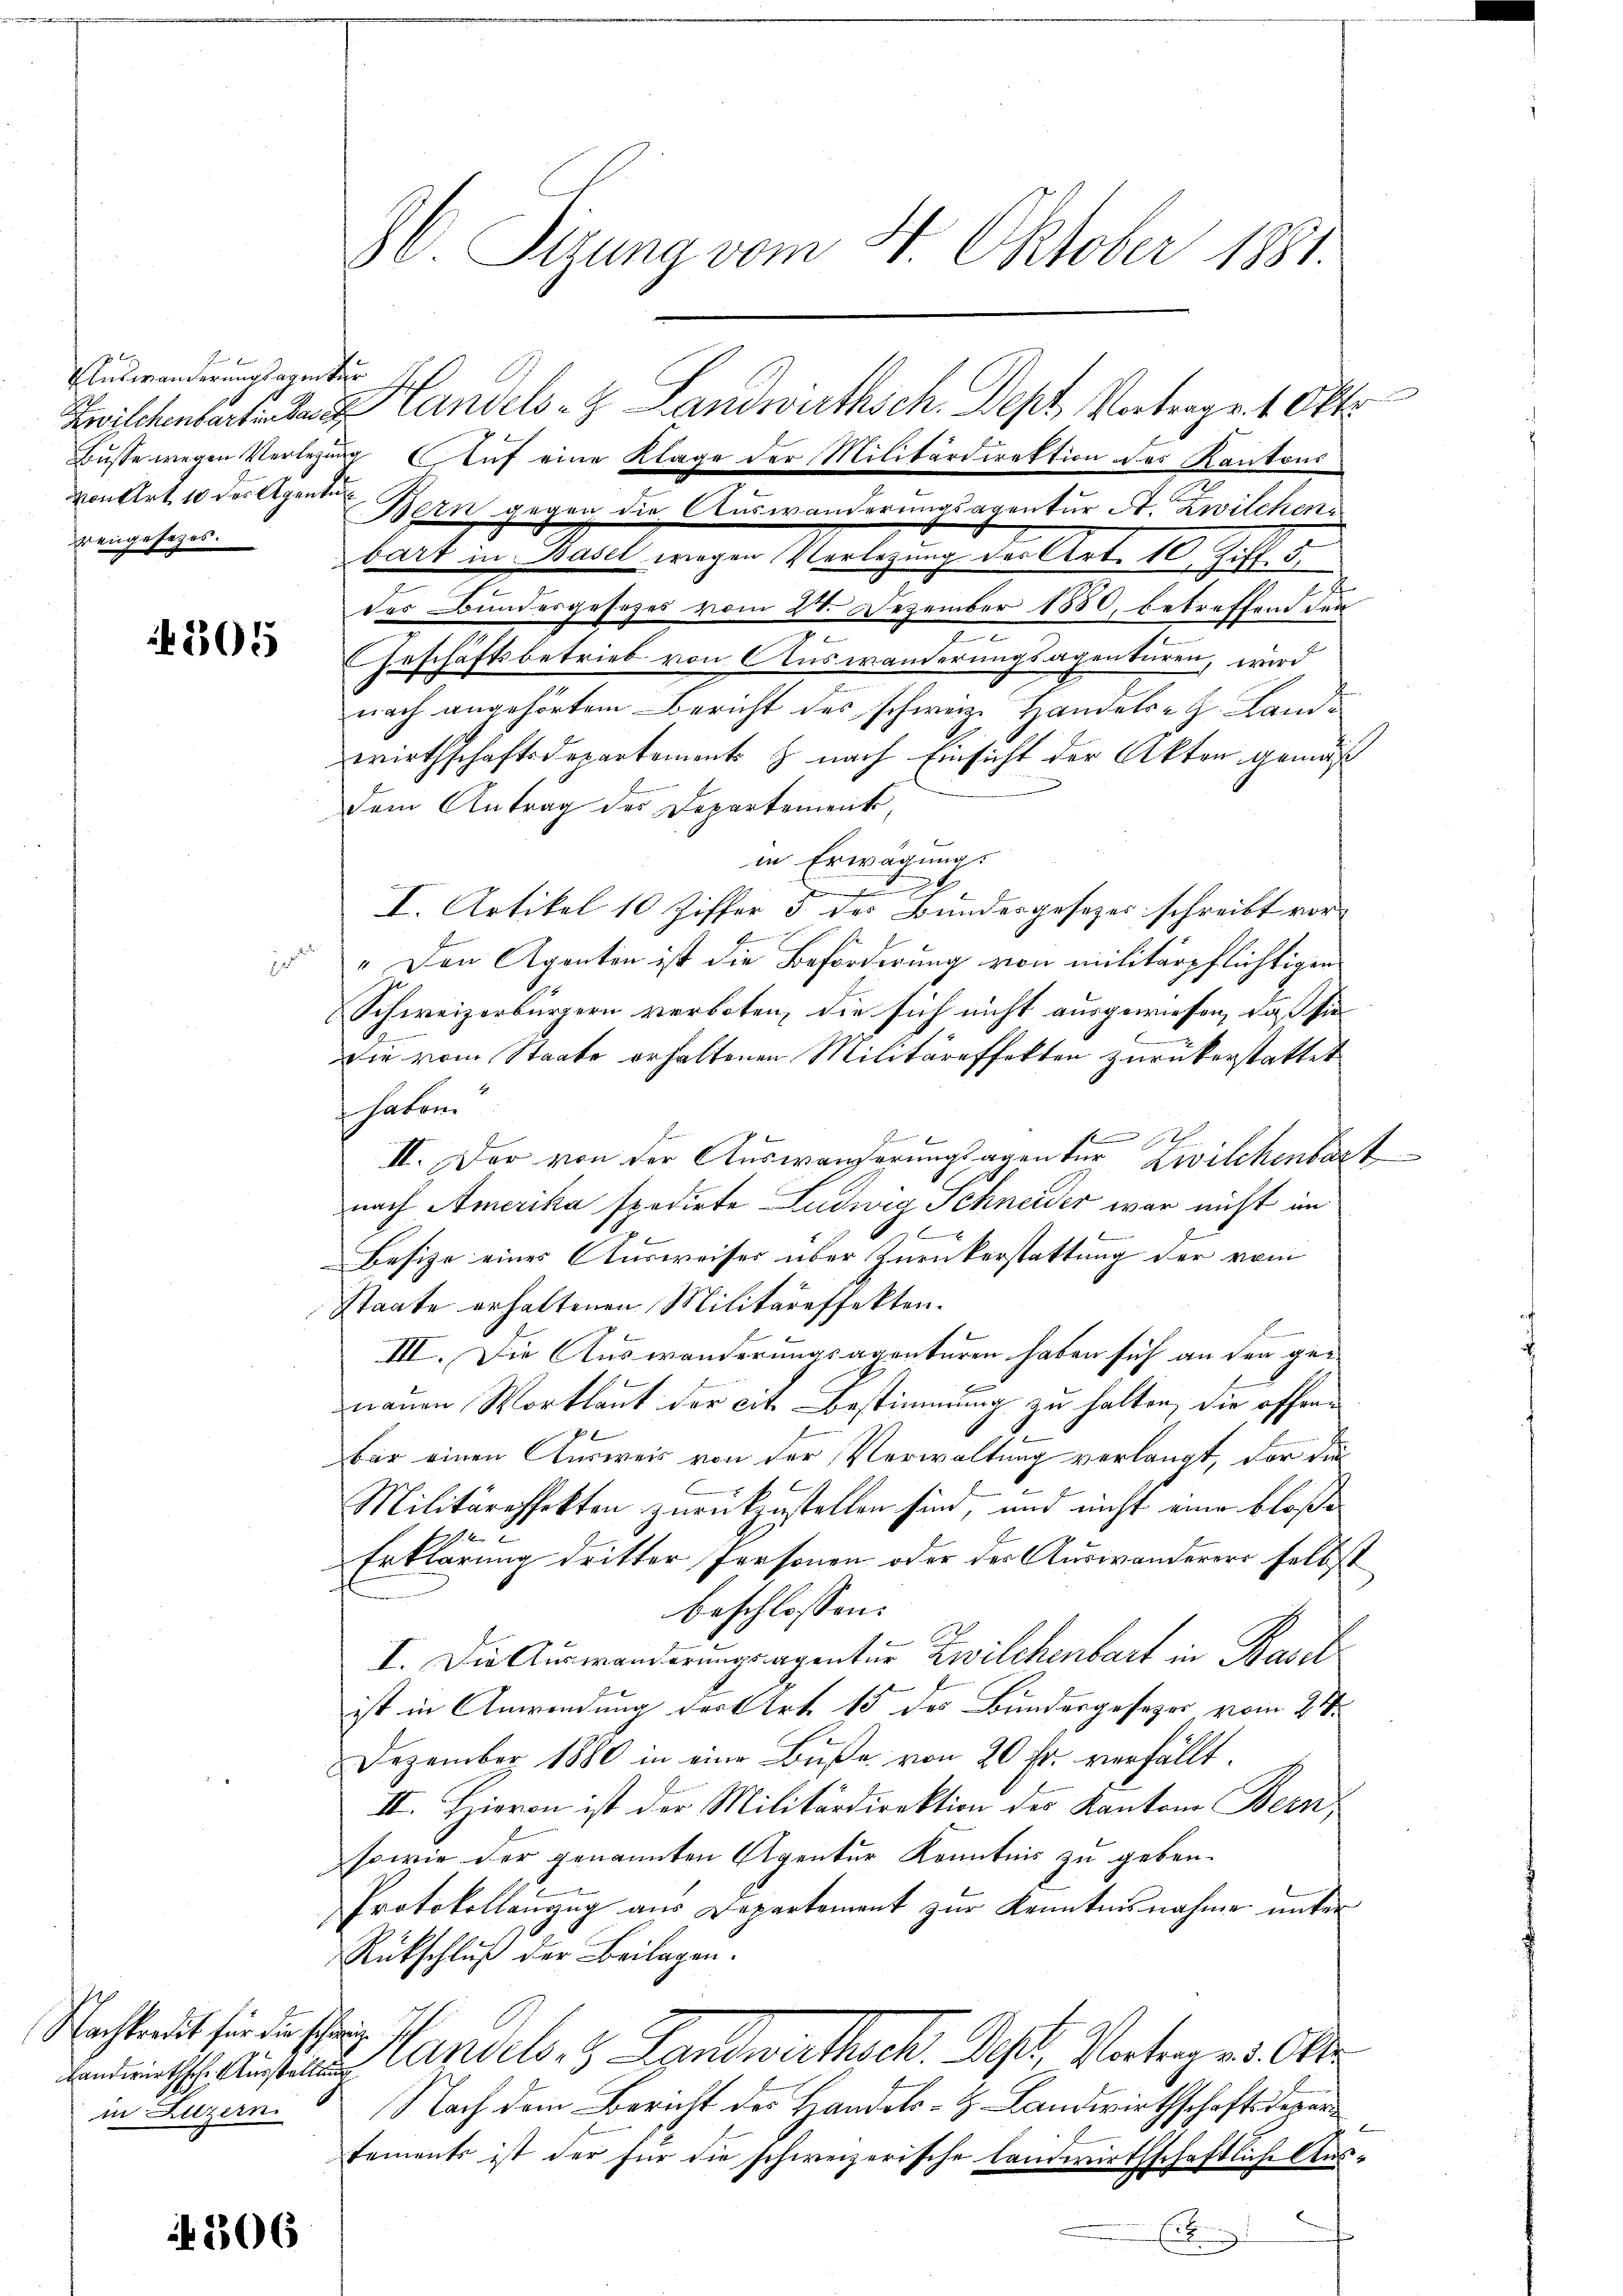
Auswanderungsagentur
wengesezes.

6305

Nachkredit für die schein

1806

i
Zwischenbarte Landels- & Landwirthsch. Dept Vortrage 1 Okto
e
bart in Basel wegen Verlegung der Art. 10. Ziff. 5.
h
der Bundesgesezes vom 24. Dezember 1880, betreffend der
Geschaftsbetrieb von Auswanderungsagenturen, wird
nach angehörtem Bericht des schweiz. Handels- H. Landwirthschaftsdepartement z. nach Einsicht der Akten gemäß
dem Antrag des Departement,
in Erwägung.

I. Artikel 10 Ziffer 3 des Bundesgesezes schreibt vor¬

 " Den Agenten ist die Beförderung von militärpflichtigen
Schweizerbürgern verboten, die sich nicht ausgewiesen, da sie
Die vom Staate erhaltenen Militäreffekten zurückerstattet
haben.
II. Der von der Auswanderungsagentur Zwilchenbart
nach Amerika spedirte Ludwig Schneider war nicht im
Besize eines Ausweiser über Zurückerstattung der vom
Staate erhaltenen Militäreffekten.
III. Die Auswanderungsagenturen haben sich an der genauen Wortlaut der cit. Bestimmung zu halten, die offenx
bar einen Ausweis von der Verwaltung verlangt, der die
Militäreffekten zurückzustellen sind, und nicht eine bloße
2
Erklärung dritter Personen oder der Auswanderers selbst
beschlossen:
I. Die Auswanderungsarenter Zwilchenbart in Baselist in Anwendung der Art 15 des Bundesgesezes vom 21.
Dezember 1880 in eine Bŭβe von 20 fr. verfällt.
II. Hievon ist der Militärdirektion des Kantone Bern,
sowie der genannten Agentur Kenntnis zu geben.
Protokollanzug aus Departement zur Kenntnisnahme unter
Rückschluß der Beilagen.
ndet. Ausein Landels- & Landwirthsch. Dest, Vortrages Or
in Luzern. Nach dem Bericht des Handels-H. Landwirthschaftsdepartements ist der für die schweizerische Landwirthschaftliche Aus¬
E

86. Sizung vom 4. Oktober 1881.

Busse wegen Verlegung Auf eine Klage der Militärdirektion des Kantons-

von Art. 10 dortigenten Bern gegen die Auswanderungsagentur A. Zwilchen